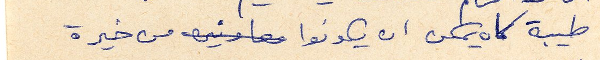
طيبة كان يمكن ان يكونوا معاونين من خيرة